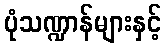
ပုံသဏ္ဍာန်များနှင့်